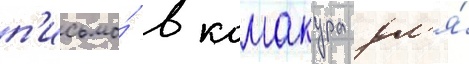
п'исьмо́ в камакура дл'я́